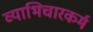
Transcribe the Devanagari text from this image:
व्याभिचारकर्म